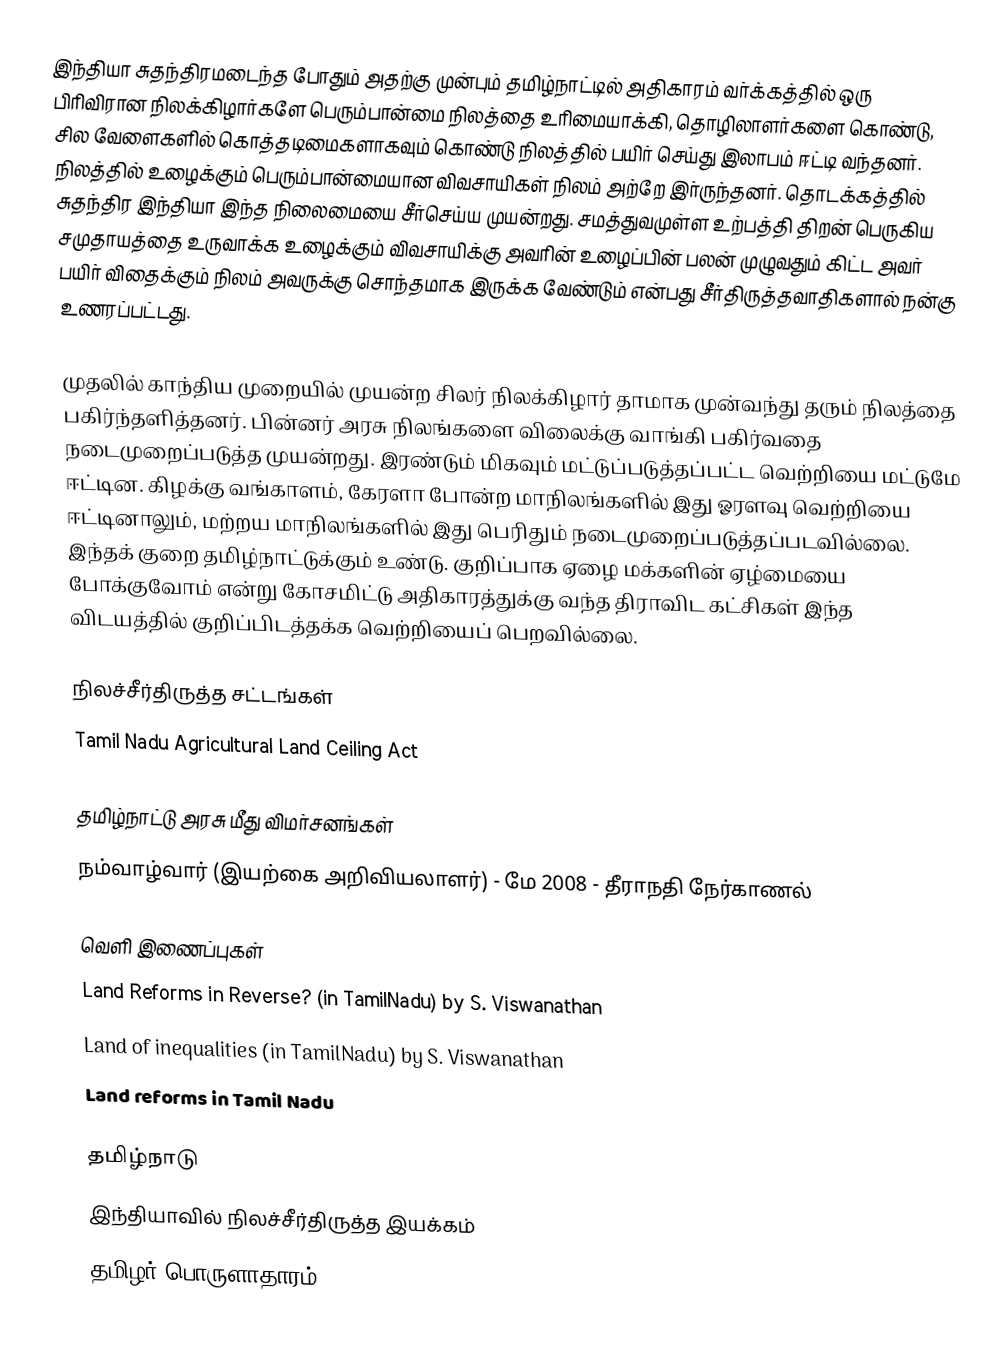
இந்தியா சுதந்திரமடைந்த போதும் அதற்கு முன்பும் தமிழ்நாட்டில் அதிகாரம் வர்க்கத்தில் ஒரு பிரிவிரான நிலக்கிழார்களே பெரும்பான்மை நிலத்தை உரிமையாக்கி, தொழிலாளர்களை கொண்டு, சில வேளைகளில் கொத்தடிமைகளாகவும் கொண்டு நிலத்தில் பயிர் செய்து இலாபம் ஈட்டி வந்தனர்.  நிலத்தில் உழைக்கும் பெரும்பான்மையான விவசாயிகள் நிலம் அற்றே இர்ருந்தனர்.  தொடக்கத்தில் சுதந்திர இந்தியா இந்த நிலைமையை சீர்செய்ய முயன்றது.  சமத்துவமுள்ள உற்பத்தி திறன் பெருகிய சமுதாயத்தை உருவாக்க உழைக்கும் விவசாயிக்கு அவரின் உழைப்பின் பலன் முழுவதும் கிட்ட அவர் பயிர் விதைக்கும் நிலம் அவருக்கு சொந்தமாக இருக்க வேண்டும் என்பது சீர்திருத்தவாதிகளால் நன்கு உணரப்பட்டது.

முதலில் காந்திய முறையில் முயன்ற சிலர் நிலக்கிழார் தாமாக முன்வந்து தரும் நிலத்தை பகிர்ந்தளித்தனர்.  பின்னர் அரசு நிலங்களை விலைக்கு வாங்கி பகிர்வதை நடைமுறைப்படுத்த முயன்றது.  இரண்டும் மிகவும் மட்டுப்படுத்தப்பட்ட வெற்றியை மட்டுமே ஈட்டின.  கிழக்கு வங்காளம், கேரளா போன்ற மாநிலங்களில் இது ஓரளவு வெற்றியை ஈட்டினாலும், மற்றய மாநிலங்களில் இது பெரிதும் நடைமுறைப்படுத்தப்படவில்லை.  இந்தக் குறை தமிழ்நாட்டுக்கும் உண்டு.  குறிப்பாக ஏழை மக்களின் ஏழ்மையை போக்குவோம் என்று கோசமிட்டு அதிகாரத்துக்கு வந்த திராவிட கட்சிகள் இந்த விடயத்தில் குறிப்பிடத்தக்க வெற்றியைப் பெறவில்லை.

நிலச்சீர்திருத்த சட்டங்கள்
 Tamil Nadu Agricultural Land Ceiling Act

தமிழ்நாட்டு அரசு மீது விமர்சனங்கள்
  நம்வாழ்வார் (இயற்கை அறிவியலாளர்) - மே 2008 - தீராநதி நேர்காணல்

வெளி இணைப்புகள்
 Land Reforms in Reverse? (in TamilNadu) by S. Viswanathan
 Land of inequalities (in TamilNadu) by S. Viswanathan
 Land reforms in Tamil Nadu

தமிழ்நாடு
இந்தியாவில் நிலச்சீர்திருத்த இயக்கம்
தமிழர் பொருளாதாரம்